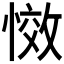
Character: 𭞆